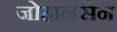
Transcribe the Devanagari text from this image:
जोहानसेन